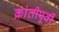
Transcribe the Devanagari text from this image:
क्रांतीपूर्वी